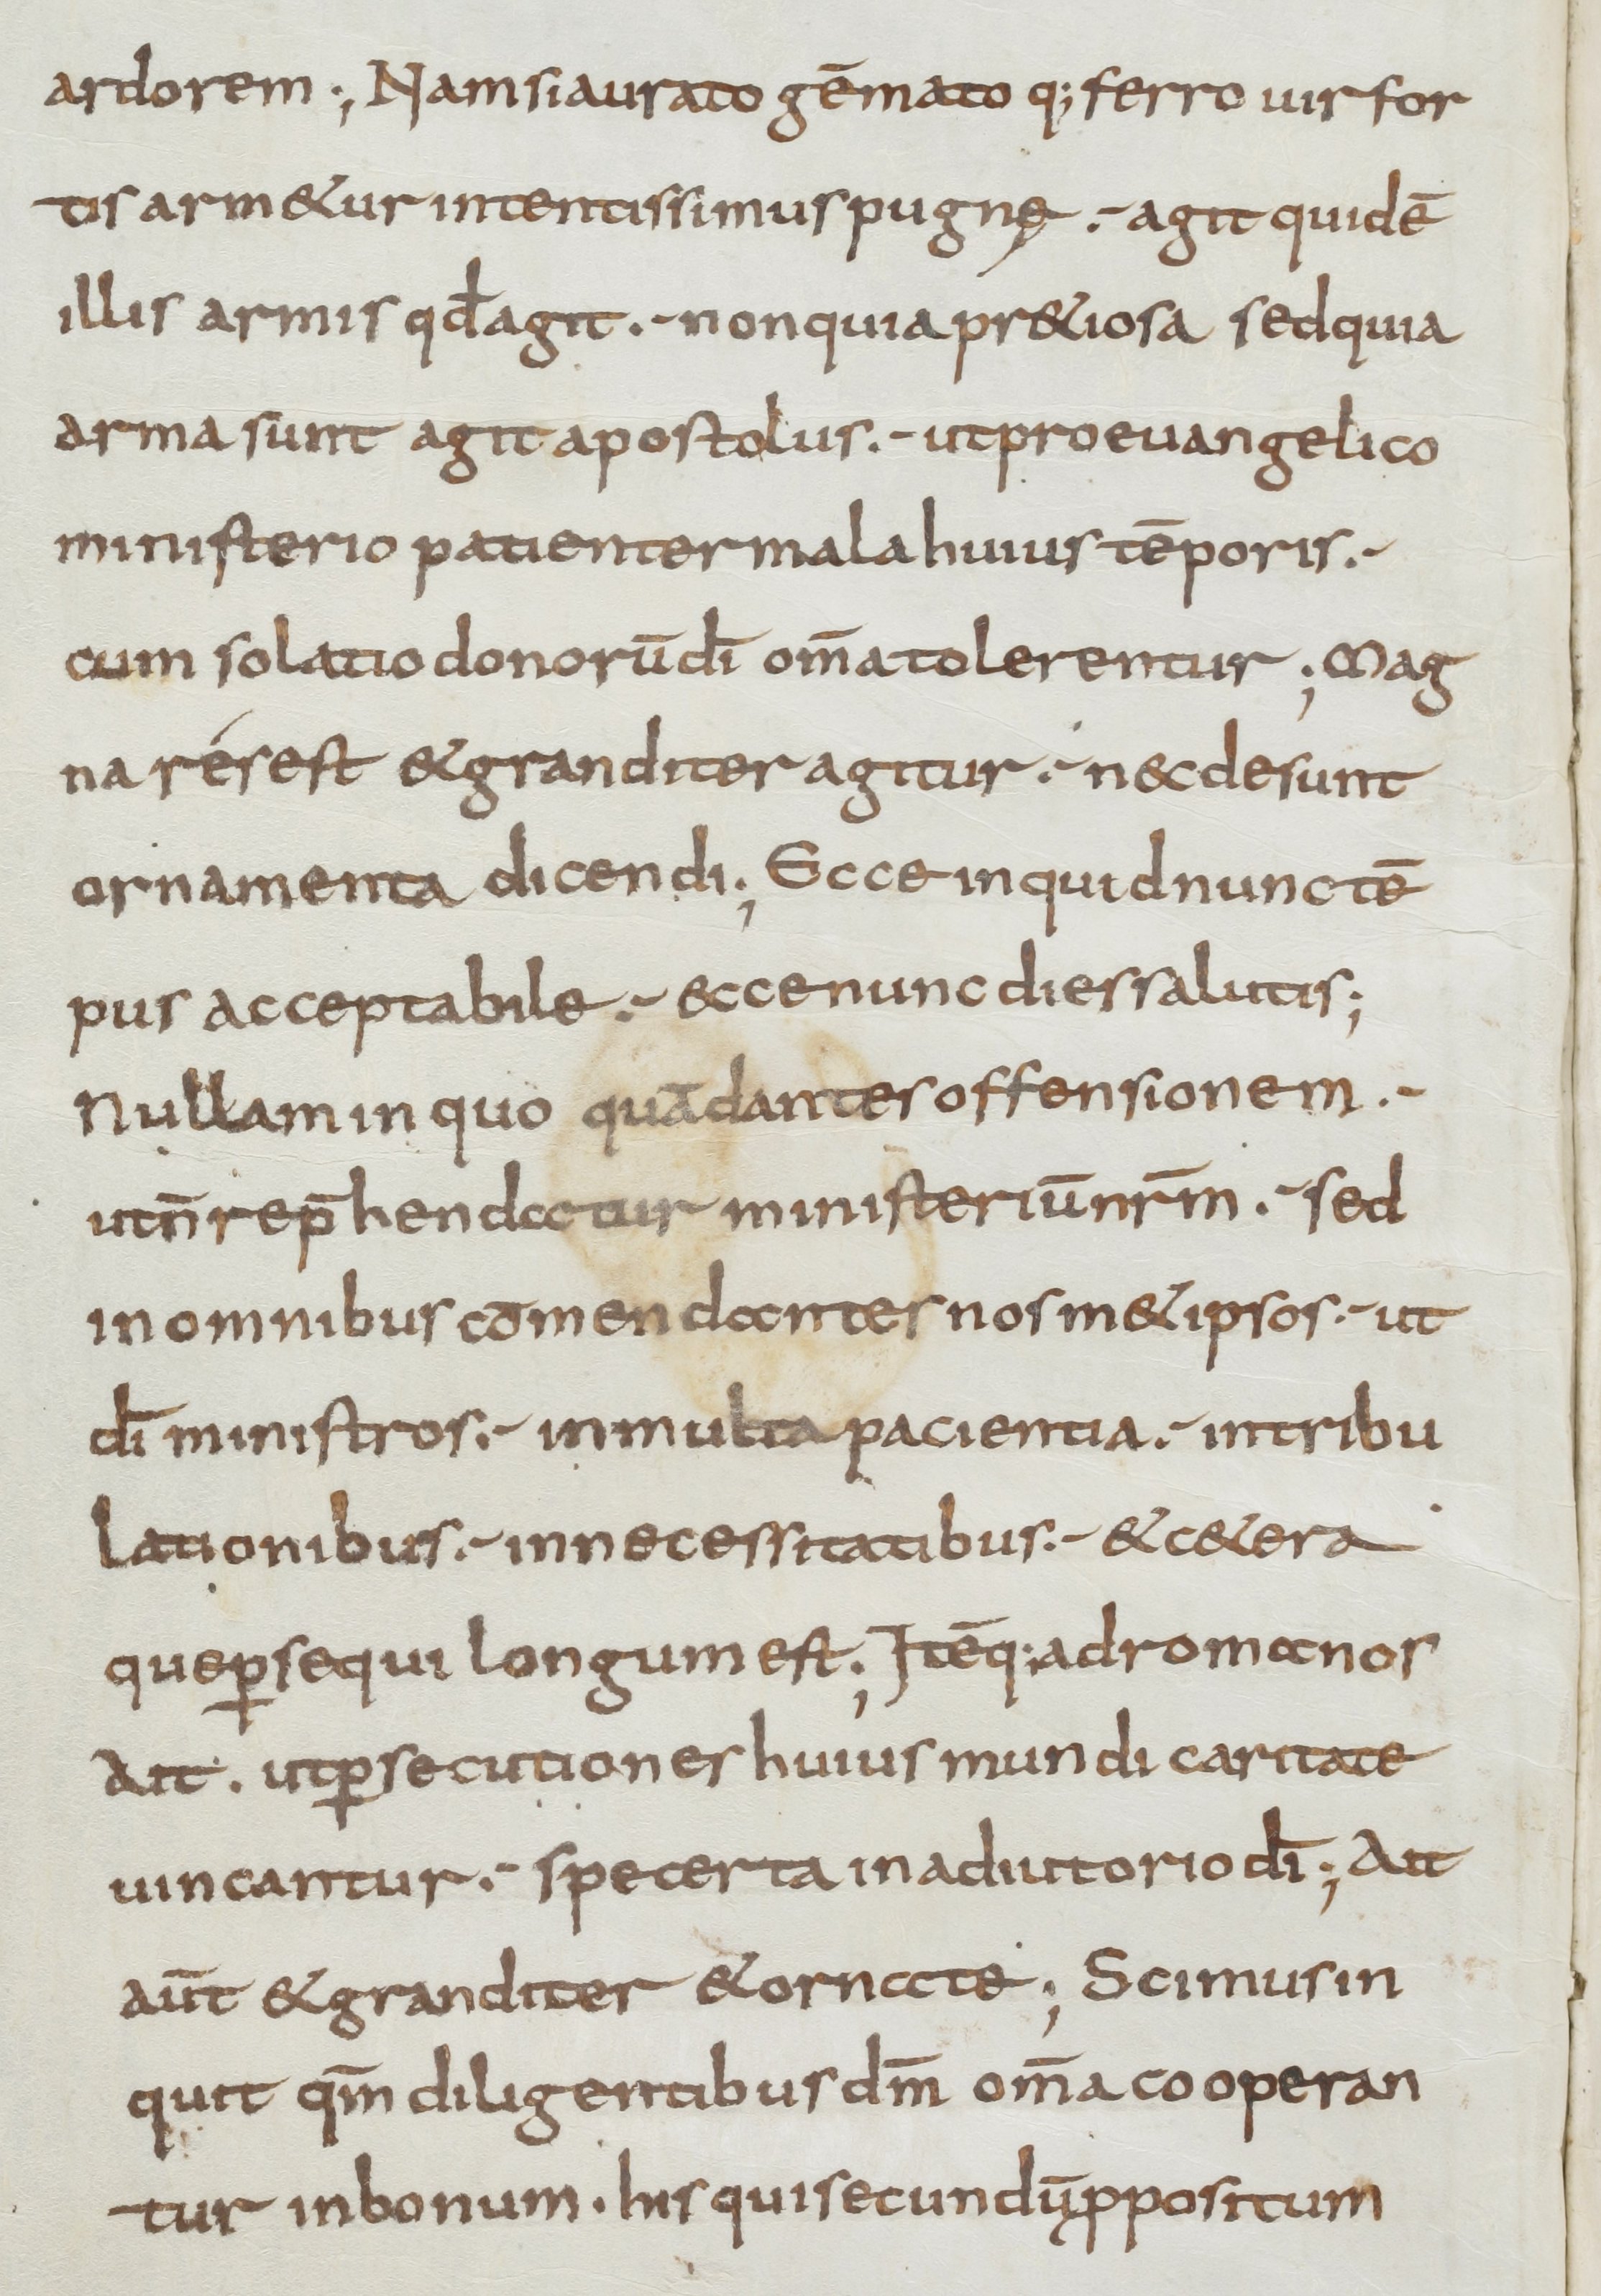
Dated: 800–899